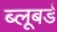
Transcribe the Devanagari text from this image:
ब्लूबर्ड